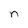
Character: n